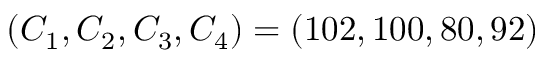
( C _ { 1 } , C _ { 2 } , C _ { 3 } , C _ { 4 } ) = ( 1 0 2 , 1 0 0 , 8 0 , 9 2 )